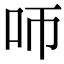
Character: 𠯗